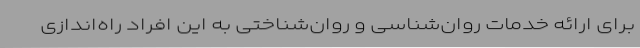
برای ارائه خدمات روان‌شناسی و روان‌شناختی به این افراد راه‌اندازی